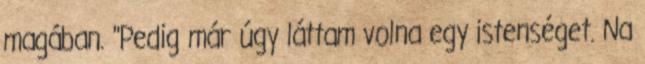
magában. "Pedig már úgy láttam volna egy istenséget. Na